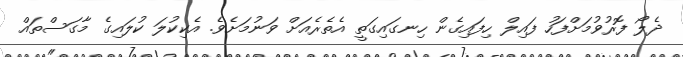
ދެލޯ ފޮރުވުމަށްފަހު ފައިލް ހިފައިގެން ހިނގައިގަތީ އެތެރެއަށް ވަނުމަށެވެ. އެކިކުލަ ކުލައިގެ މާގަސްތައް